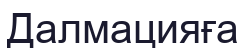
Далмацияға